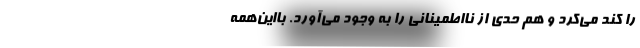
را کند می‌کرد و هم حدی از نااطمینانی را به وجود می‌آورد. بااین‌همه